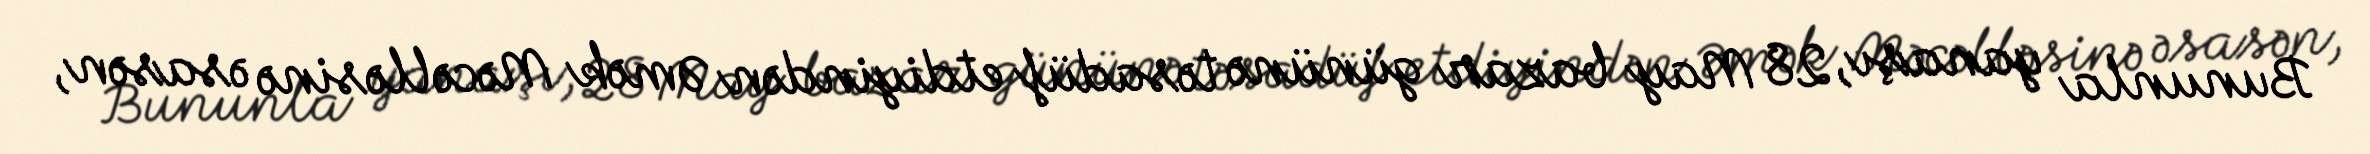
Bununla yanaşı, 28 May bazar gününə təsadüf etdiyindən Əmək Məcəlləsinə əsasən,